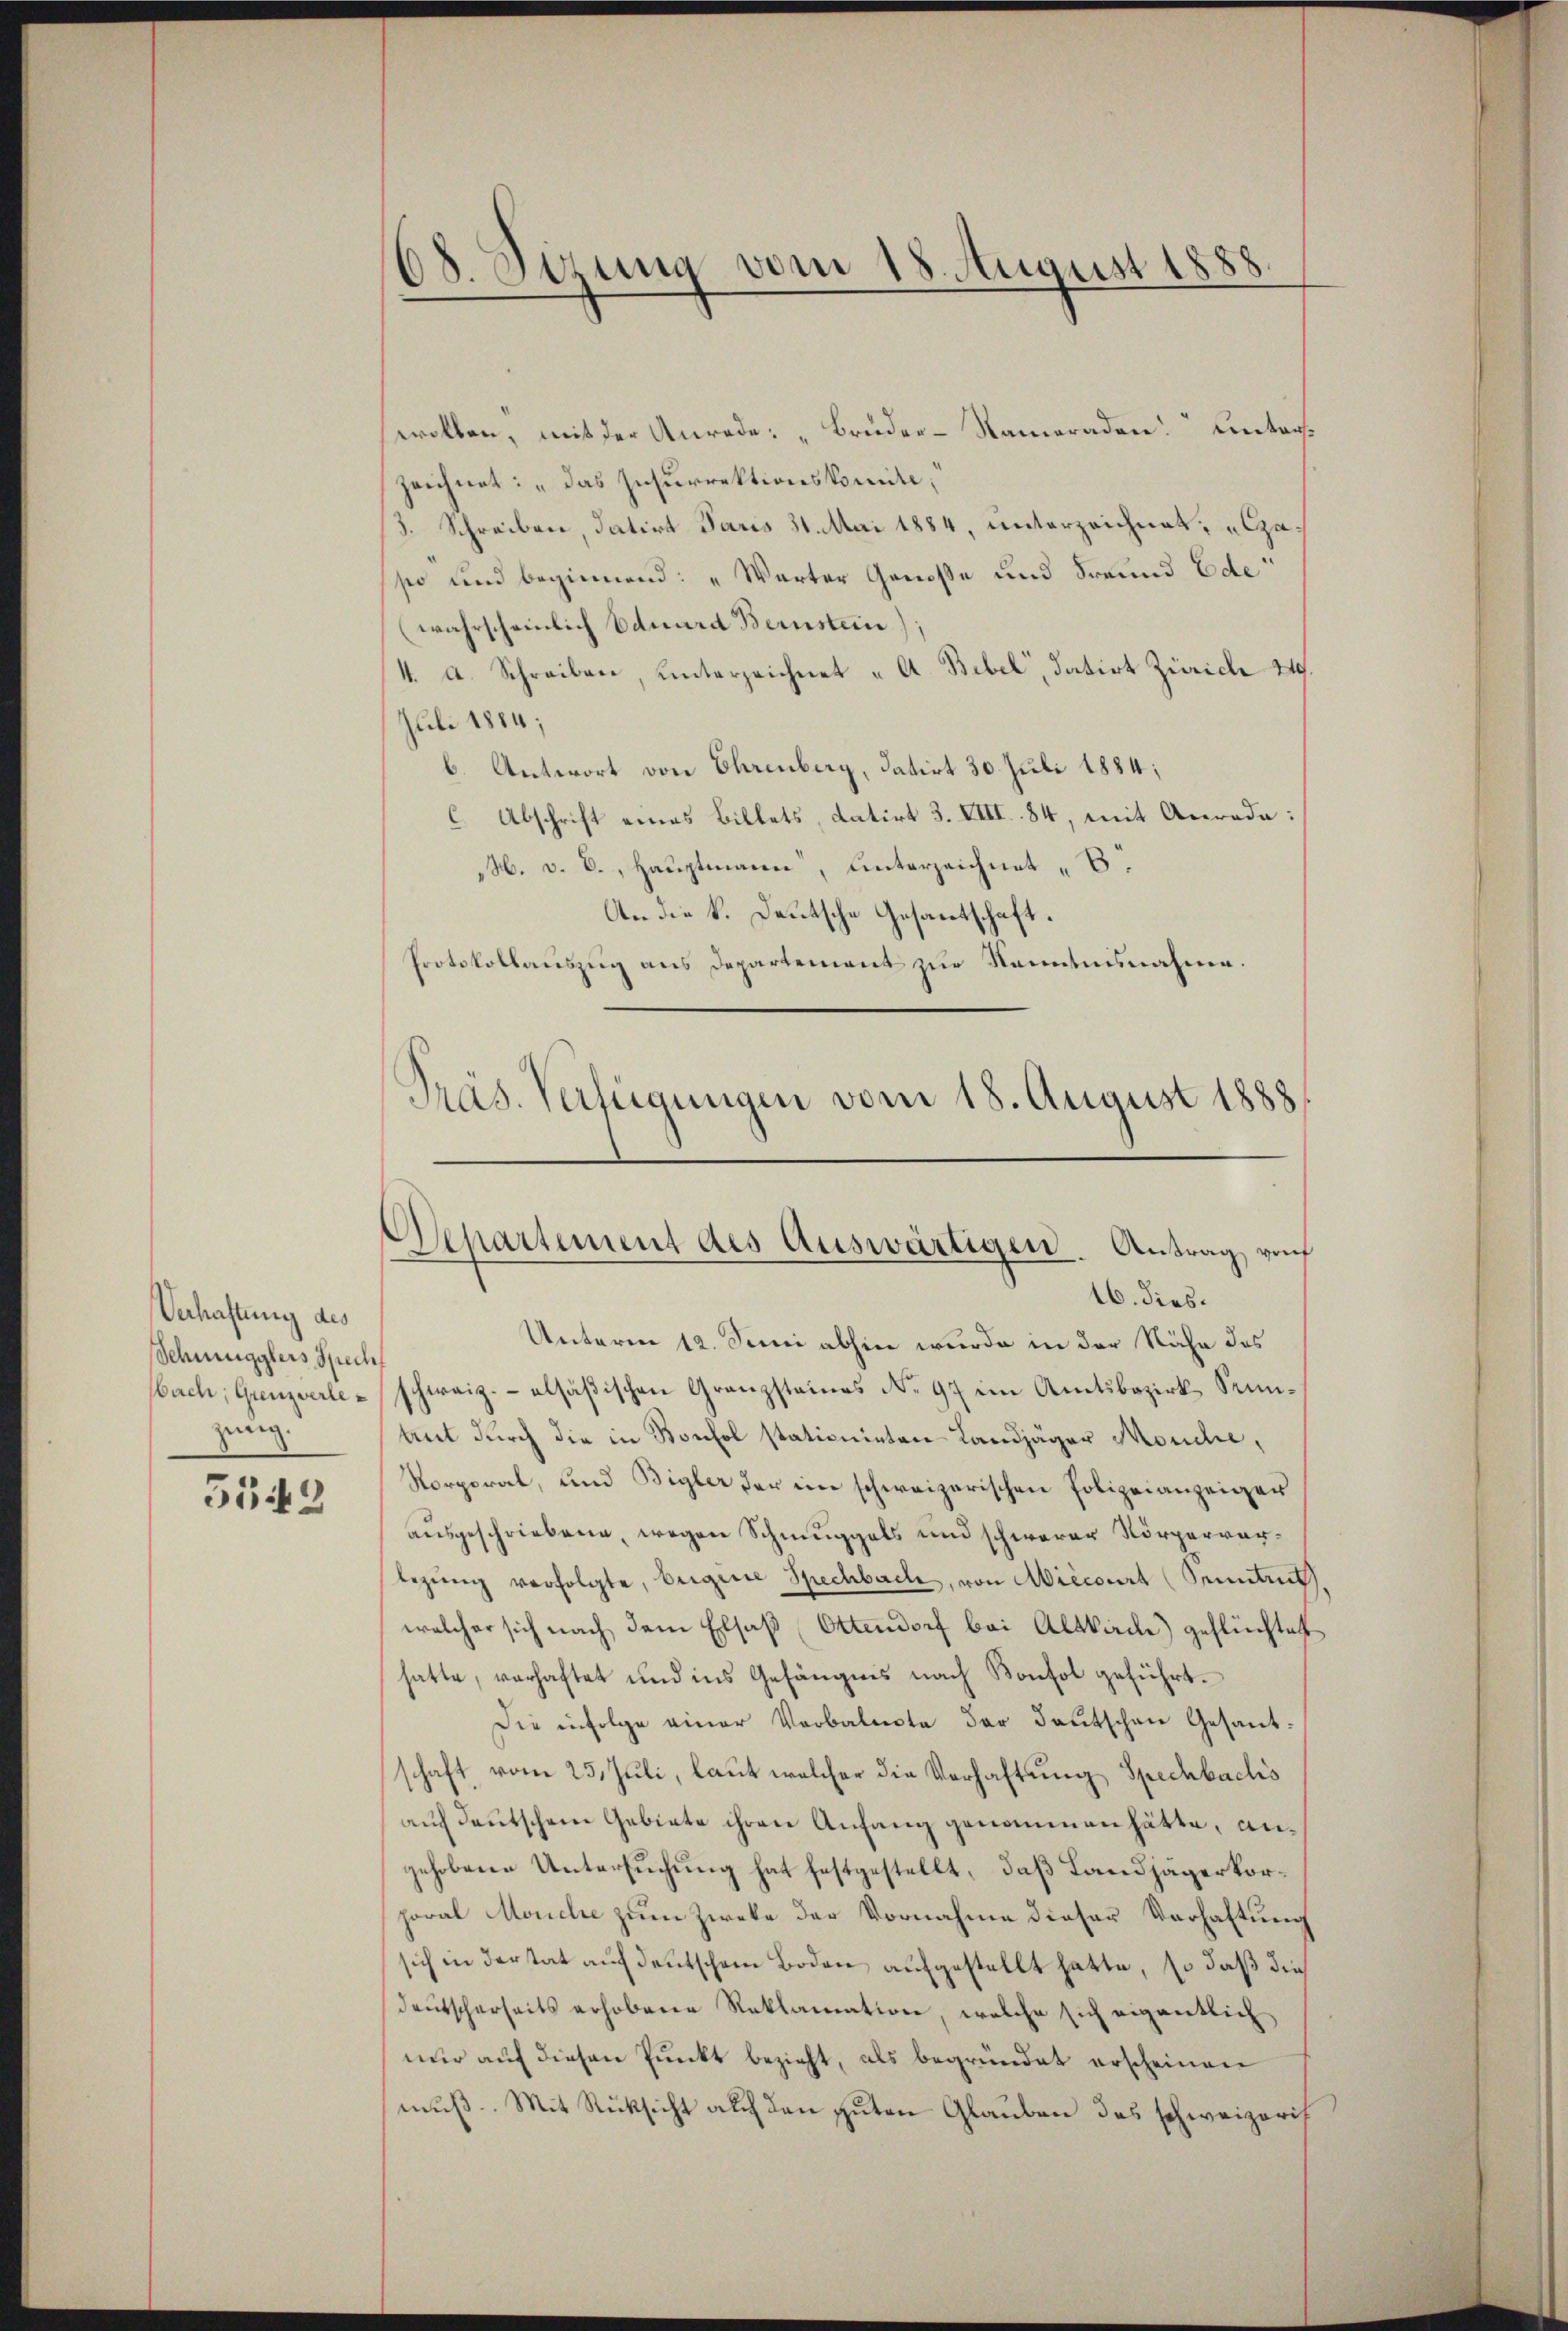
Verhaftung des
Schmugglers Spech
ach; Grenzverlezung.

5543

68. Sizung vom 18. August 1888.

wolben, mit der Anrede: „Bruder-Rameraden. Unterszeichnet: „Das Zusurrektionskomite,
3. Schreiben, datirt Jaris 31. Mai 1884, unterzeichnet, „laso und beginnend: „Warter Genosse und Freund Ede
(wahrscheinlich Eduard Bernstein
4. A. Schreiben, unterzeichnet A. Bibel, datirt Zürich 249.
Juli 1884;
b. Antwort von Ehrenberg, datirt 30. Juli 1884;
C Abschrift eines Billets, datirt 3. VIII. 84, mit Anrede:
H. v. 6., Hauptmann, Unterzeichnet B.
An die k. Deutsche Gesantschaft.
Protokollauszug aus Departement zur Kenntnisnahme.

Präs. Verfügungen vom 18. August 1888
Departement des Auswärtigen. Antrag vorf
16. dies¬

Unterne 12. Juni abhin wurde in der Nähe des
schweiz.- alsäßischen Granzsteines No 97 im Amtsbezirk Sumtut durch die in Konsol stationieten Landjäger Mouche,
Norporal, und Bigler der ein schweizerischen Polizeianzeiger
ausgeschriebene, wegen Schmuggels und schwerer Körperverlegŭng verfolgte, beigene Spechbach, von Aiecourt (Senntnit
welcher sich nach dem Elsaß Ottendorf bei Altbach) geflüchtet
hatte, verhaftet und ins Gefängnis nach Konsol geführt.
Die infolge einer Verbalecte der deutschen Gesantschaft vom 25. Juli, laut welcher die Verhaftung Spechbachs
auf deutschem Gebiete ihren Anfang genommen hätte, angehobene Untersuchung hat festgestellt, daß Landjägerkorhoral Mondie zum Zweke der Vornahme dieser Verhaftung
sich in der tat auf deutschem Boden aufgestellt hatte, so daß die
deŭtscherseits erhobene Reklamation, welche sich eigentlich
nur auf diesen Punkt bezieht, als begründet erscheinen
muß. Mit Rücksicht auf den guten Glauben des schweizeris